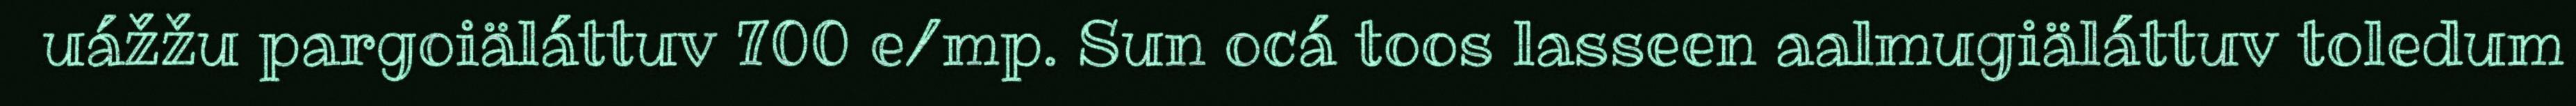
uážžu pargoiäláttuv 700 e/mp. Sun ocá toos lasseen aalmugiäláttuv toledum